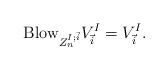
LaTeX: \begin{align*}\mathrm{Blow}_{Z_n^{I;\vec{i}}} V^I_{\vec{i}} = V^I_{\vec{i}}.\end{align*}